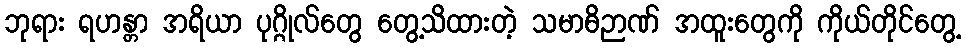
ဘုရား ရဟန္တာ အရိယာ ပုဂ္ဂိုလ်တွေ တွေ့သိထားတဲ့ သမာဓိဉာဏ် အထူးတွေကို ကိုယ်တိုင်တွေ့